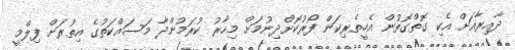
ދާއިރާއަށް އެކި ގޮތްގޮތުން އެހީތެރިކަން ފޯރުކޮށްދިނުމަށް މިހާރު ކުރަމުންދާ މަސައްކަތުގެ އިތުރަށް ފިލްމީ